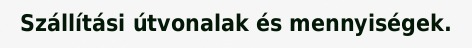
Szállítási útvonalak és mennyiségek.